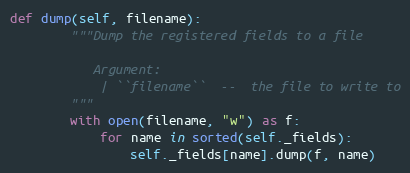
Language: Python
def dump(self, filename):
        """Dump the registered fields to a file

           Argument:
            | ``filename``  --  the file to write to
        """
        with open(filename, "w") as f:
            for name in sorted(self._fields):
                self._fields[name].dump(f, name)